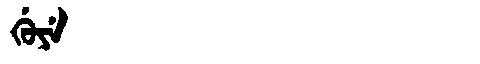
Manchu: ᡤᡠᠶᡝ
Romanization: GUYE